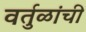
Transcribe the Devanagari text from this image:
वर्तुळांची